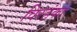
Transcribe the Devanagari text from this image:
विरहंका